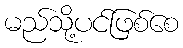
မည်သို့ပင်ဖြစ်စေ